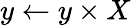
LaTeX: y\gets y\times X